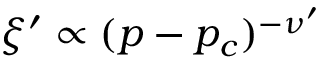
\xi ^ { \prime } \propto ( p - p _ { c } ) ^ { - \nu ^ { \prime } }